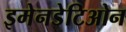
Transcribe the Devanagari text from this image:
इमेनडेटिओन